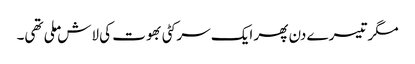
مگر تیسرے دن پھر ایک سرکٹی بھوت کی لاش ملی تھی۔